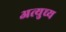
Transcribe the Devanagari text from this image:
अत्युच्य